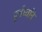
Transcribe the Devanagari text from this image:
पूर्वध्वनि